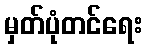
မှတ်ပုံတင်ရေး